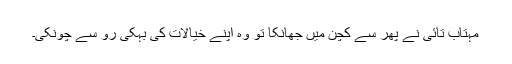
مہتاب تائی نے پھر سے کچن میں جھانکا تو وہ اپنے خیالات کی بہکی رو سے چونکی۔